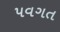
પવગત